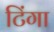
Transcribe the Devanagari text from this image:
टिंगा